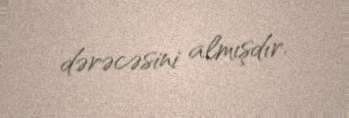
dərəcəsini almışdır.